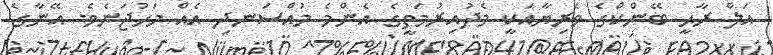
އަލް ރާޙީ ބޭންކްގެ ވެރިޔާއަކީ މެދުއިރުމަތީގެ އެންމެ މުއްސަނދި އެއް މަހުޖަނެވެ. އޭނާގެ